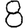
Digit: 8